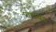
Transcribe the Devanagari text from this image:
प्रारभ्यते